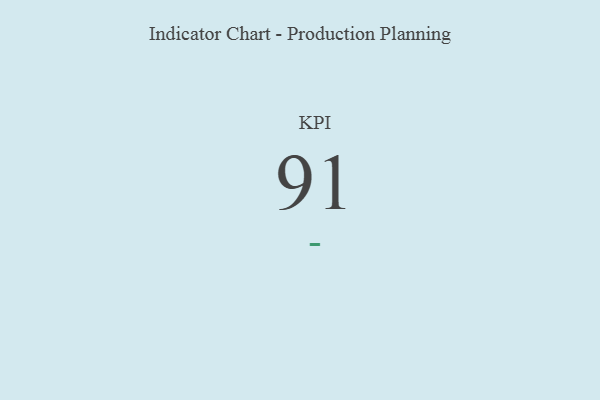
{"axis": {"x": "KPI", "y": "Value"}, "legend": [""], "data": [{"x": "KPI", "y": 91, "type": ""}]}